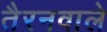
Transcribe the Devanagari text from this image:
तैरनवाले